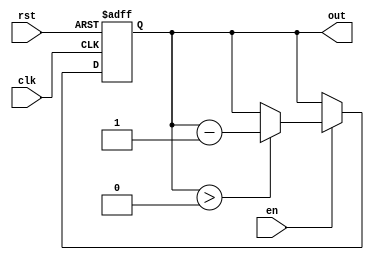
module down_counter_moore (
    input wire clk,      // Clock signal
    input wire rst,      // Asynchronous reset signal
    input wire en,       // Enable signal
    output reg [2:0] out // Count output (3-bit for counting down from 7)
);

// State encoding
localparam INITIAL_VALUE = 3'b111; // Starting value (7 in binary)
localparam ZERO = 3'b000;           // Zero value

// State transition logic
always @(posedge clk or posedge rst) begin
    if (rst) begin
        out <= INITIAL_VALUE; // Reset to initial value
    end else if (en) begin
        if (out > ZERO) begin
            out <= out - 1; // Decrement the counter
        end
    end
    // If 'en' is low, the counter holds its state
end

endmodule